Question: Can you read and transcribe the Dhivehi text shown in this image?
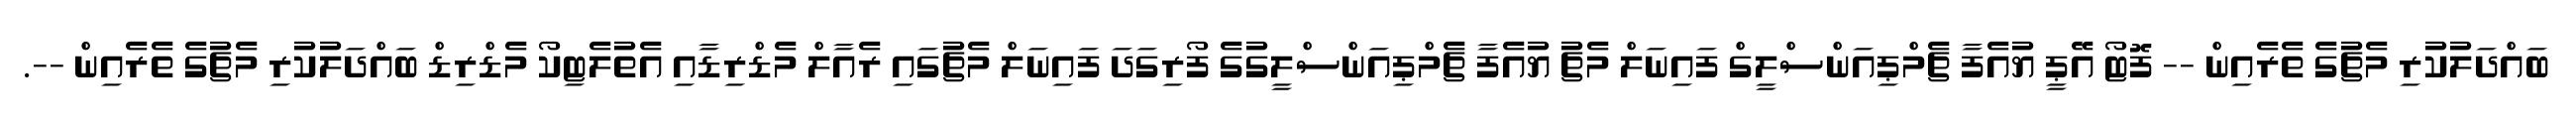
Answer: ބައްދަލުކުރި މެޗުގެ ތެރެއިން -- ފޮޓޯ އޭޕީ ޔުއެފާ ޗެމްޕިއަންސްލީގް ފައިނަލް މެޗު ޔުއެފާ ޗެމްޕިއަންސްލީގުގެ ފޯރިގަދަ ފައިނަލް މެޗުގައި ރެއާލް މެޑްރިޑާއި އެތުލެޓިކޯ މެޑްރިޑް ބައްދަލުކުރި މެޗުގެ ތެރެއިން --.